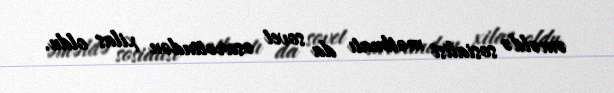
əməldə sosialist mətbuatı da sovet əsarətindən xilas oldu.